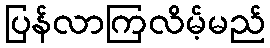
ပြန်လာကြလိမ့်မည်